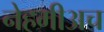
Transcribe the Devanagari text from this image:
नेहमीअच